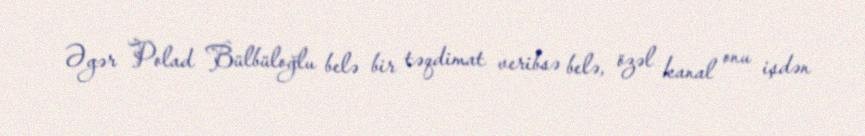
Əgər Polad Bülbüloğlu belə bir təqdimat veribsə belə, özəl kanal onu işdən